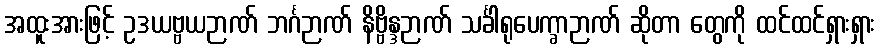
အထူးအားဖြင့် ဥဒယဗ္ဗယဉာဏ် ဘင်္ဂဉာဏ် နိဗ္ဗိန္ဒဉာဏ် သင်္ခါရုပေက္ခာဉာဏ် ဆိုတာ တွေကို ထင်ထင်ရှားရှား